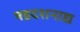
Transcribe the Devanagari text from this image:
षडदशनाद्य